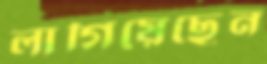
লাগিয়েছেন